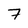
Character: 7